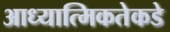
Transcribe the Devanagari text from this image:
आध्यात्मिकतेकडे